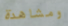
ومشاهدة